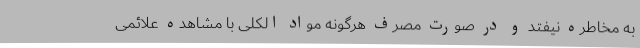
به مخاطره نیفتد و در صورت مصرف هرگونه مواد الکلی با مشاهده علائمی